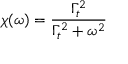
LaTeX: \chi ( \omega ) = \frac { \Gamma _ { t } ^ { 2 } } { \Gamma _ { t } ^ { 2 } + \omega ^ { 2 } }